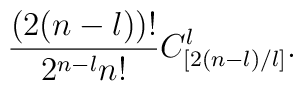
\frac{(2(n-l))!}{2^{n-l}n!} C_{[2(n-l)/l]}^l.